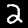
Digit: 2